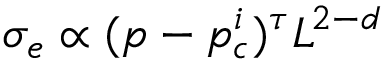
\sigma _ { e } \propto ( p - p _ { c } ^ { i } ) ^ { \tau } L ^ { 2 - d }